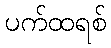
ပက်ထရစ်